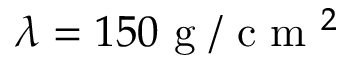
\lambda = 1 5 0 \mathrm { ~ g ~ } / \mathrm { ~ c ~ m ~ } ^ { 2 }